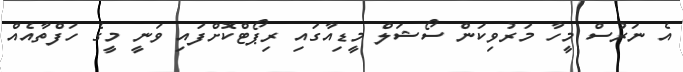
އެ ނަރުސް މީހާ މަރުވިކަން ސޯޝަލް މީޑިއާގައި ރިޕޯޓްކޮށްފައި ވަނީ މީގެ ހަފްތާއެއް